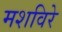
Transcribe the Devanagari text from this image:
मशविरे